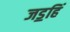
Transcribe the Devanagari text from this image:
जड॒हिं